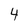
Character: 4